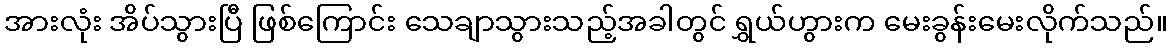
အားလုံး အိပ်သွားပြီ ဖြစ်ကြောင်း သေချာသွားသည့်အခါတွင် ရွှယ်ဟွားက မေးခွန်းမေးလိုက်သည်။